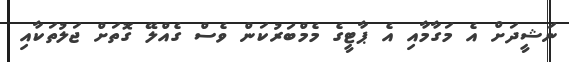
ނަޝީދަށް އެ މަގާމާއި އެ ޕާޓީގެ މެމްބަރުކަން ވެސް ގެއްލޭ ގޮތަށް ޖަލުތަކާއި